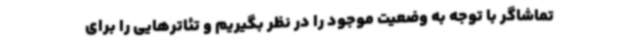
تماشاگر با توجه به وضعیت موجود را در نظر بگیریم و تئاترهایی را برای